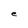
Character: e